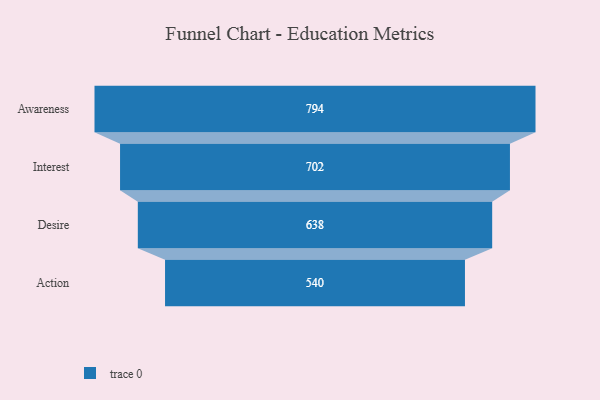
{"axis": {"x": "Stage", "y": "Value"}, "legend": [""], "data": [{"x": "Awareness", "y": 794.0, "type": ""}, {"x": "Interest", "y": 702.0, "type": ""}, {"x": "Desire", "y": 638.0, "type": ""}, {"x": "Action", "y": 540.0, "type": ""}]}